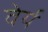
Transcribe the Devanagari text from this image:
वेर्य